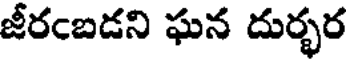
జీరంబడని ఘన దుర్భర